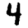
Digit: 4